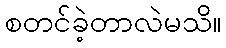
စတင်ခဲ့တာလဲမသိ။